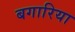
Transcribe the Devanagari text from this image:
बगारिया